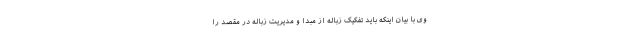
وی با بیان اینکه باید تفکیک زباله از مبدا و مدیریت زباله در مقصد را